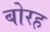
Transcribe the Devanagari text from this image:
बोरह